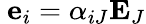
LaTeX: \ \mathbf{e}_{i}=\alpha_{iJ}\mathbf{E}_{J}